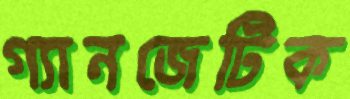
গ্যানজেটিক